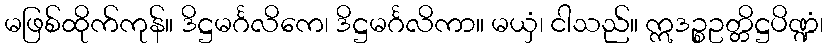
မဖြစ်ထိုက်ကုန်။ ဒိဋ္ဌမင်္ဂလိကေ၊ ဒိဋ္ဌမင်္ဂလိကာ။ မယှံ၊ ငါသည်။ ဣဒဉ္စဥတ္တိဋ္ဌပိဏ္ဍံ၊